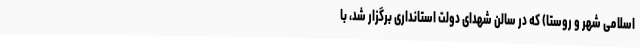
اسلامی شهر و روستا) که در سالن شهدای دولت استانداری برگزار شد، با